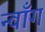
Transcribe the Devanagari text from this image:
न्वाँग